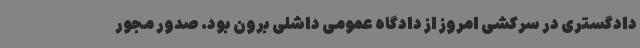
دادگستری در سرکشی امروز از دادگاه عمومی داشلی برون بود. صدور مجور